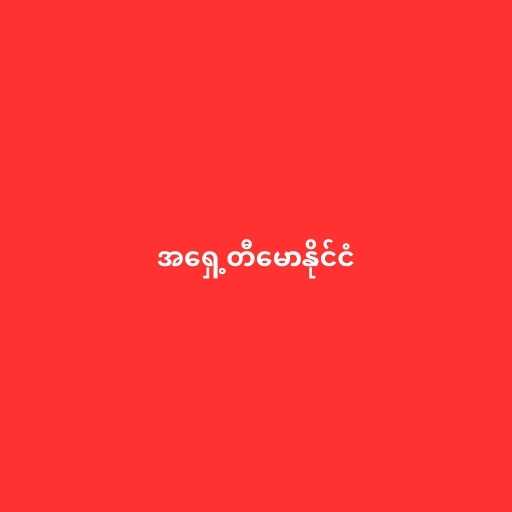
အရှေ့တီမောနိုင်ငံ